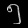
Digit: ၅